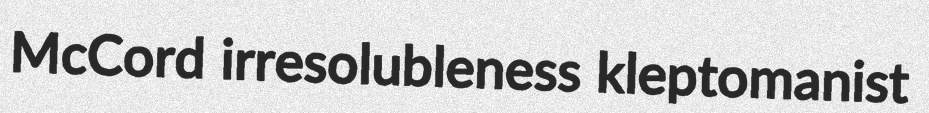
McCord irresolubleness kleptomanist